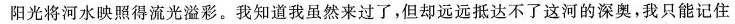
阳光将河水映照得流光溢彩。我知道我虽然来过了，但却远远抵达不了这河的深奥，我只能记住